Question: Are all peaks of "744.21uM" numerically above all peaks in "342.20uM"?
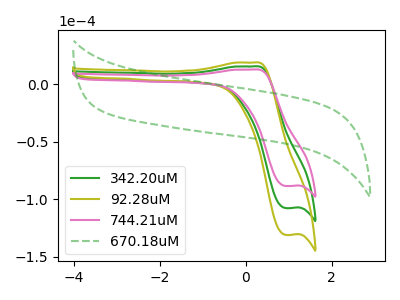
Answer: <think>The green curve "342.20uM" has an anodic peak at (0.20V, 15.50uA) and a cathodic peak at (0.95V, -107.65uA). The olive curve "92.28uM" has an anodic peak at (0.20V, 31.05uA) and a cathodic peak at (0.95V, -215.35uA). The pink curve "744.21uM" has an anodic peak at (0.20V, 12.75uA) and a cathodic peak at (0.95V, -88.50uA). The green dashed curve "670.18uM" has no peaks.</think>
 <answer>Every peak in "744.21uM" is lower than every peak in "342.20uM".</answer>
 <eval>lower</eval>